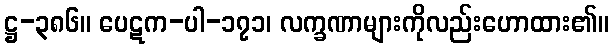
ဋ္ဌ-၃၈၆။ ပေဋက-ပါ-၁၇၁၊ လက္ခဏာများကိုလည်းဟောထား၏။